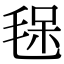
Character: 𣮃